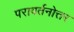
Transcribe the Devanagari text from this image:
परावर्तनोत्तर